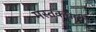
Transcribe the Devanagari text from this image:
मस्तकधारी